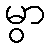
မွာ